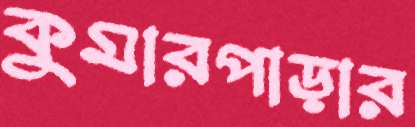
কুমারপাড়ার